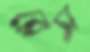
রেস